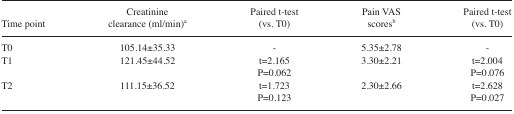
<table><thead><tr><td><b>Time point</b></td><td><b>Creatinine clearance (ml/min)a</b></td><td><b>Paired t-test (vs. T0)</b></td><td><b>Pain VAS scoresb</b></td><td><b>Paired t-test (vs. T0)</b></td></tr></thead><tbody><tr><td>T0</td><td>105.14±35.33</td><td>-</td><td>5.35±2.78</td><td>-</td></tr><tr><td>T1</td><td>121.45±44.52</td><td>t=2.165</td><td>3.30±2.21</td><td>t=2.004</td></tr><tr><td></td><td></td><td>P=0.062</td><td></td><td>P=0.076</td></tr><tr><td>T2</td><td>111.15±36.52</td><td>t=1.723</td><td>2.30±2.66</td><td>t=2.628</td></tr><tr><td></td><td></td><td>P=0.123</td><td></td><td>P=0.027</td></tr></tbody></table>